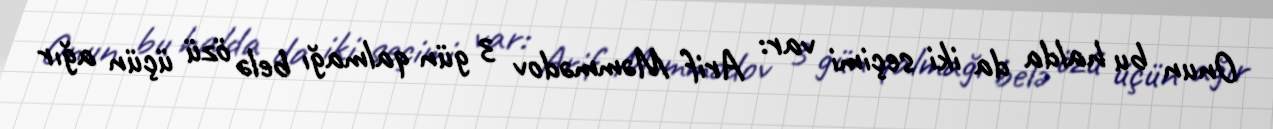
Onun bu halda da iki seçimi var: Arif Məmmədov 3 gün qalmağı belə özü üçün ağır